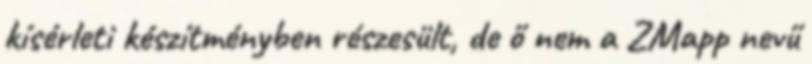
kísérleti készítményben részesült, de ő nem a ZMapp nevű